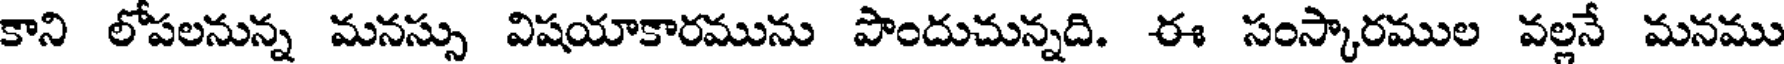
కాని లోపలనున్న మనస్సు విషయాకారమును పొందుచున్నది. ఈ సంస్కారముల వల్లనే మనము